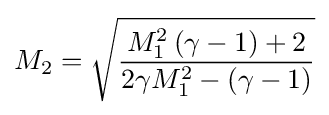
M_{2}={\sqrt {\frac {M_{1}^{2}\left(\gamma -1\right)+2}{2\gamma M_{1}^{2}-\left(\gamma -1\right)}}}